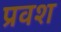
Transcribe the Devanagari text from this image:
प्रवश